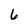
Character: 6